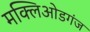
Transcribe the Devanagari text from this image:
मक्लिओडगंज